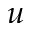
u